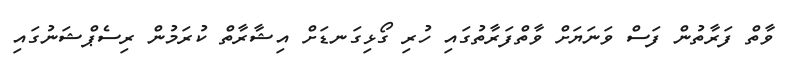
ވާތް ފަރާތުން ފަސް ވަނަޔަށް ވާތްފަރާތުގައި ހުރި ގޯޅިގަނޑަށް އިޝާރާތް ކުރަމުން ރިސެޕްޝަނުގައި